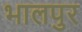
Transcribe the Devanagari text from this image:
भालपुर